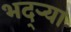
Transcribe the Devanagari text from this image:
भद्‌ऱ्या